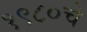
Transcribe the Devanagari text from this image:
१९८०चे